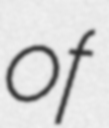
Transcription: of